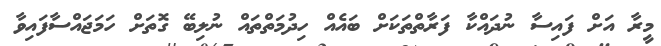
މީރާ އަށް ފައިސާ ނުދައްކާ ފަރާތްތަކަށް ބައެއް ހިދުމަތްތައް ނުލިބޭ ގޮތަށް ހަމަޖައްސާފައިވާ